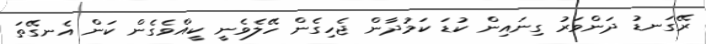
ރޭގަނޑު ދަންވަރު ގިނައިން ކުޑަ ކަމުދާން ޖެހިގެން ހޭލެވެނީ ކީއްވެގެން ކަން އެނގޭތަ